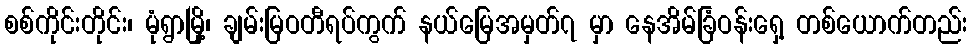
စစ်ကိုင်းတိုင်း၊ မုံရွာမြို့၊ ချမ်းမြဝတီရပ်ကွက် နယ်မြေအမှတ်၇ မှာ နေအိမ်ခြံဝန်းရှေ့ တစ်ယောက်တည်း